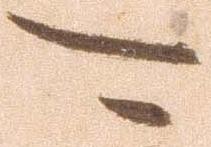
可